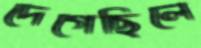
দেগেছিলে